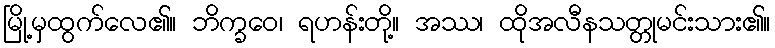
မြို့မှထွက်လေ၏။ ဘိက္ခဝေ၊ ရဟန်းတို့။ အဿ၊ ထိုအလီနသတ္တုမင်းသား၏။